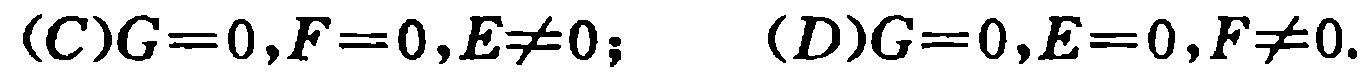
\((C)G = 0,F = 0,E\neq0;\quad(D)G = 0,E = 0,F\neq0.\)